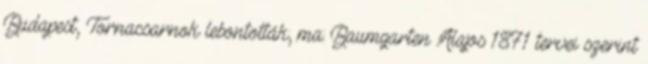
Budapest, Tornacsarnok lebontották; ma: Baumgarten Alajos 1871 tervei szerint